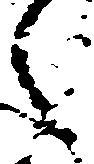
之